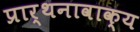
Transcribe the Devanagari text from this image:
प्रार्थनावाक्य